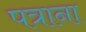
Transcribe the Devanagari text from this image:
पत्राना